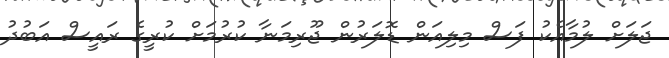
ޖަލަށް ލުމާއެކު ފަސް މިލިއަން ޑޮލަރުން ޖޫރިމަނާ ކުރުމަށް ކުރީގެ ރައީސް އަބުދު